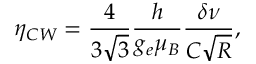
\eta _ { C W } = \frac { 4 } { 3 \sqrt 3 } \frac { h } { g _ { e } \mu _ { B } } \frac { \delta \nu } { C \sqrt R } ,